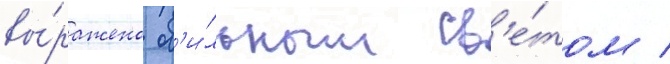
вы́ражено об'и́льным св'е́том /